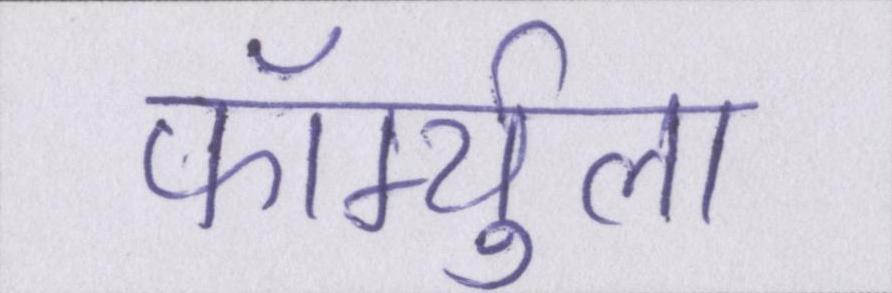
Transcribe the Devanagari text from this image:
फॉर्म्युला